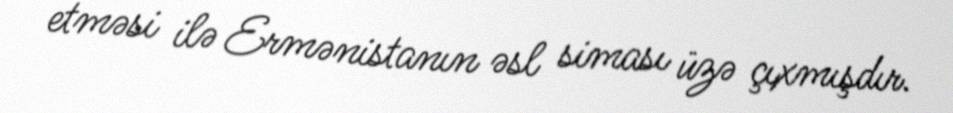
etməsi ilə Ermənistanın əsl siması üzə çıxmışdır.